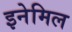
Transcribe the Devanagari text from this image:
इनेमिल